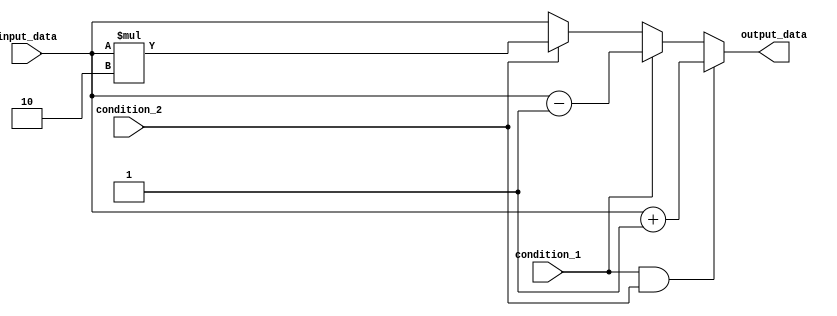
module generate_conditional_assign (
    input [7:0] input_data,
    input condition_1,
    input condition_2,
    output reg [7:0] output_data
);

always @(*) begin
    if (condition_1 && condition_2)
        output_data = input_data + 1;
    else if (condition_1)
        output_data = input_data - 1;
    else if (condition_2)
        output_data = input_data * 2;
    else
        output_data = input_data;
end

endmodule